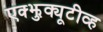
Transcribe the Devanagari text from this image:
एक्झुक्यूटीव्ह